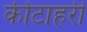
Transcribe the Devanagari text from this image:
कीटाहरी